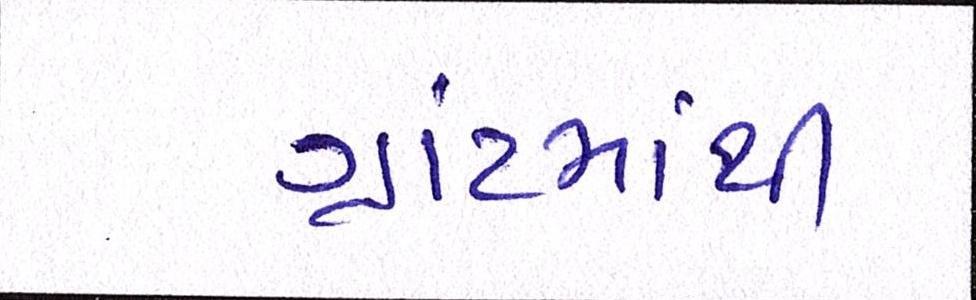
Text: ગ્રાંટમાથી